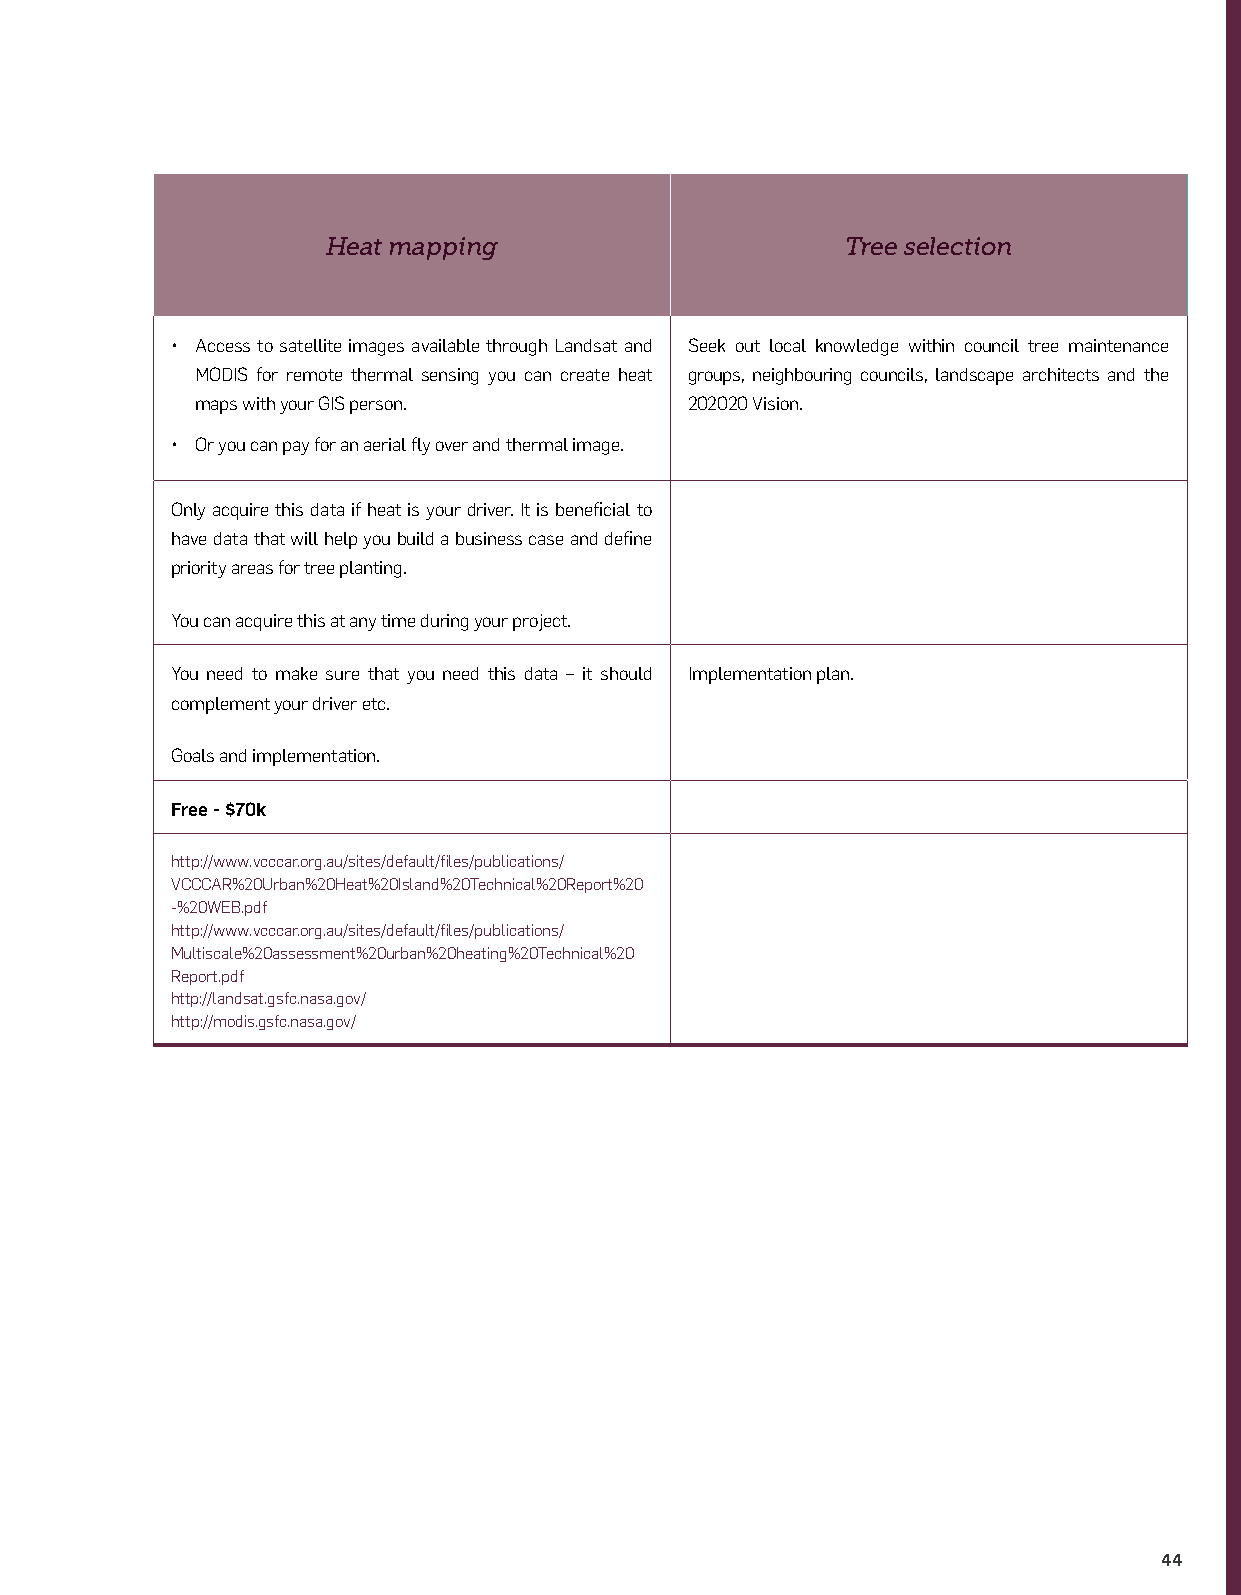
Additional environmental data
 soil quality, air quality,
 WHAT Risk             Heat mapping                      Tree selection
 stormwater quality, temperature,
 climate change
 NDVI, EPA, Internal Quality Reports, BOM, CSIRO or Complaints report, SES and insurance claims forms • Access to satellite images available through Landsat and Seek out local knowledge within council tree maintenance
 HOW TO GET IT reach out to a local academic, conservationist group MODIS for remote thermal sensing you can create heat groups, neighbouring councils, landscape architects and the
 AND WHO CAN or council maintenance teams. Biodiversity and habitat values. maps with your GIS person. 202020 Vision.
 HELP YOU
 • Or you can pay for an aerial fly over and thermal image.
 Your risk management team can help you.
 This data will be very beneficial. Acquire it any time. This data will be very beneficial. Acquire it at Only acquire this data if heat is your driver. It is beneficial to
 the outset. have data that will help you build a business case and define
 WHEN
 priority areas for tree planting.
 AND WHY
 You can acquire this at any time during your project.
 Business case. Business case. You need to make sure that you need this data – it should Implementation plan.
 complement your driver etc.
 INPUTS INTO
 Goals and implementation.
 COST Free Free Free - $70k
 Waterwatch. http://www.vcccar.org.au/sites/default/files/publications/
 http://www.environment.nsw.gov.au/waterwatch/ VCCCAR%20Urban%20Heat%20Island%20Technical%20Report%20
 -%20WEB.pdf
 http://www.vcccar.org.au/sites/default/files/publications/
 LINKS
 Multiscale%20assessment%20urban%20heating%20Technical%20
 Report.pdf
 http://landsat.gsfc.nasa.gov/
 http://modis.gsfc.nasa.gov/
 44